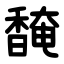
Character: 馣